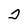
Character: 2